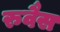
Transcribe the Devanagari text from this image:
रुवैस